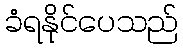
ခံရနိုင်ပေသည်